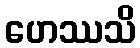
ဟေဿသိ